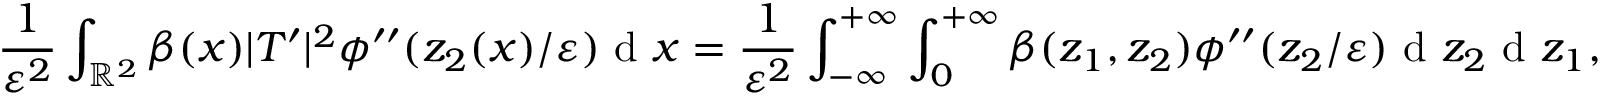
\frac { 1 } { \varepsilon ^ { 2 } } \int _ { \mathbb { R } ^ { 2 } } \beta ( x ) | T ^ { \prime } | ^ { 2 } \phi ^ { \prime \prime } ( z _ { 2 } ( x ) / \varepsilon ) \textrm { d } x = \frac { 1 } { \varepsilon ^ { 2 } } \int _ { - \infty } ^ { + \infty } \int _ { 0 } ^ { + \infty } \beta ( z _ { 1 } , z _ { 2 } ) \phi ^ { \prime \prime } ( z _ { 2 } / \varepsilon ) \textrm { d } z _ { 2 } \textrm { d } z _ { 1 } ,